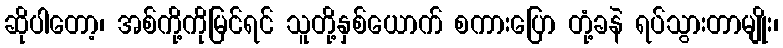
ဆိုပါတော့၊ အစ်ကို့ကိုမြင်ရင် သူတို့နှစ်ယောက် စကားပြော တုံ့ခနဲ ရပ်သွားတာမျိုး၊